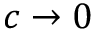
c \to 0